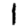
Digit: 1